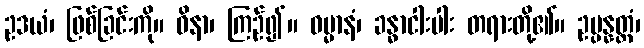
ဥဒယံ၊ ဖြစ်ခြင်းကို။ ဝိနာ၊ ကြဉ်၍။ ဓမ္မာနံ၊ ခန္ဓာငါးပါး တရားတို့၏။ ဥပ္ပန္နတ္တံ၊